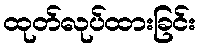
ထုတ်လုပ်ထားခြင်း